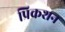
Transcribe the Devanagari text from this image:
प्रिकशन